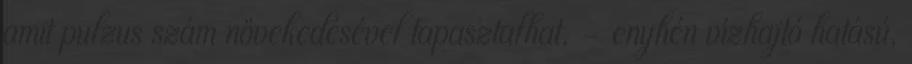
amit pulzus szám növekedésével tapasztalhat. – enyhén vízhajtó hatású,